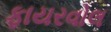
ફાયરવોલ